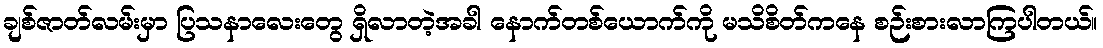
ချစ်ဇာတ်လမ်းမှာ ပြသနာလေးတွေ ရှိလာတဲ့အခါ နောက်တစ်ယောက်ကို မသိစိတ်ကနေ စဉ်းစားလာကြပါတယ်။